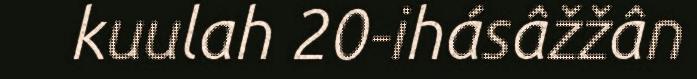
kuulah 20-ihásâžžân